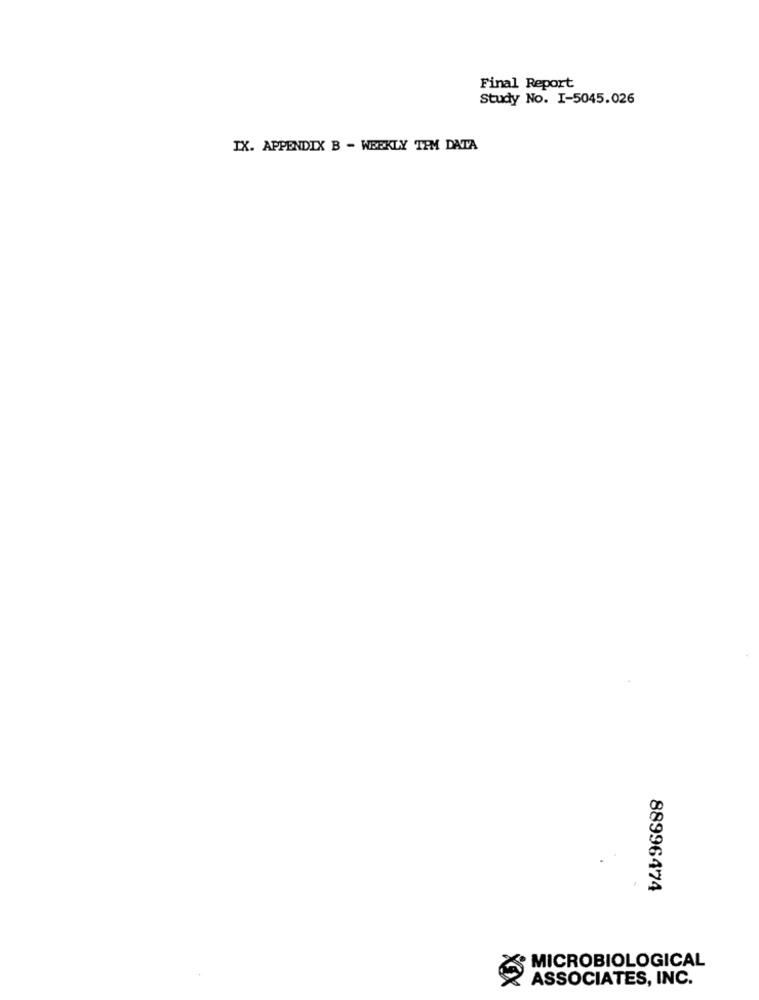
Final Report
Study No. I-5045.026
IX. APPENDIX B - WEEKLY TPM DATA
88996474
MICROBIOLOGICAL
ASSOCIATES, INC.